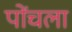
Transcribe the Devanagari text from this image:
पोंचला